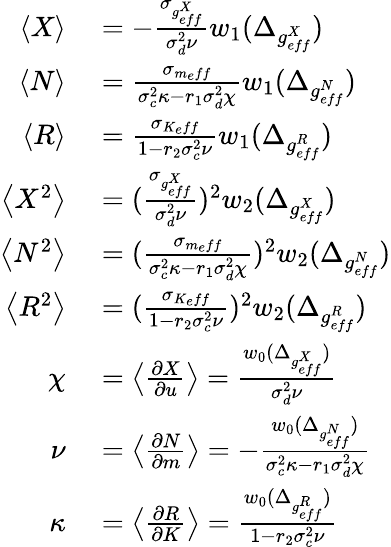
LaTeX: \begin{array}{rl}{\left<X\right>}&{{}=-\frac{\sigma_{g_{eff}^{X}}}{\sigma_{d}^{2}\nu}w_{1}(\Delta_{g_{eff}^{X}})}\\ {\left<N\right>}&{{}=\frac{\sigma_{m_{e}ff}}{\sigma_{c}^{2}\kappa-r_{1}\sigma_{d}^{2}\chi}w_{1}(\Delta_{g_{eff}^{N}})}\\ {\left<R\right>}&{{}=\frac{\sigma_{K_{e}ff}}{1-r_{2}\sigma_{c}^{2}\nu}w_{1}(\Delta_{g_{eff}^{R}})}\\ {\left<X^{2}\right>}&{{}=(\frac{\sigma_{g_{eff}^{X}}}{\sigma_{d}^{2}\nu})^{2}w_{2}(\Delta_{g_{eff}^{X}})}\\ {\left<N^{2}\right>}&{{}=(\frac{\sigma_{m_{e}ff}}{\sigma_{c}^{2}\kappa-r_{1}\sigma_{d}^{2}\chi})^{2}w_{2}(\Delta_{g_{eff}^{N}})}\\ {\left<R^{2}\right>}&{{}=(\frac{\sigma_{K_{e}ff}}{1-r_{2}\sigma_{c}^{2}\nu})^{2}w_{2}(\Delta_{g_{eff}^{R}})}\\ {\chi}&{{}=\left<\frac{\partial X}{\partial u}\right>=\frac{w_{0}(\Delta_{g_{eff}^{X}})}{\sigma_{d}^{2}\nu}}\\ {\nu}&{{}=\left<\frac{\partial N}{\partial m}\right>=-\frac{w_{0}(\Delta_{g_{eff}^{N}})}{\sigma_{c}^{2}\kappa-r_{1}\sigma_{d}^{2}\chi}}\\ {\kappa}&{{}=\left<\frac{\partial R}{\partial K}\right>=\frac{w_{0}(\Delta_{g_{eff}^{R}})}{1-r_{2}\sigma_{c}^{2}\nu}}\end{array}